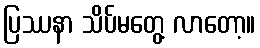
ပြဿနာ သိပ်မတွေ့ လာတော့။